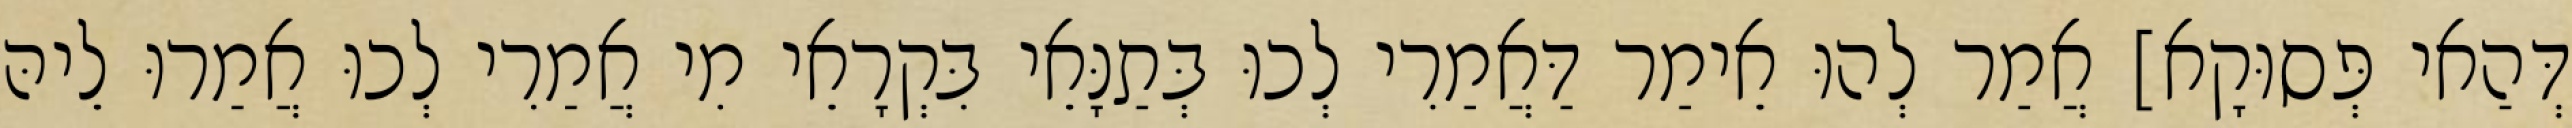
דְּהַאי פְּסוּקָא] אֲמַר לְהוּ אֵימַר דַּאֲמַרִי לְכוּ בְּתַנָּאֵי בִּקְרָאֵי מִי אֲמַרִי לְכוּ אֲמַרוּ לֵיהּ